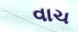
વાચ